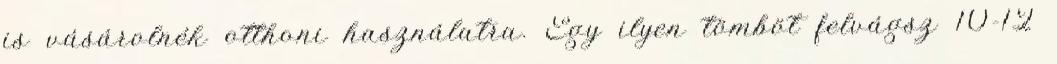
is vásárolnék otthoni használatra. Egy ilyen tömböt felvágsz 10-12